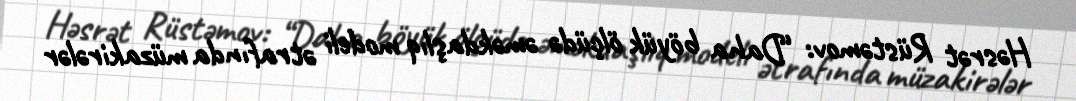
Həsrət Rüstəmov: “Daha böyük ölçüdə əməkdaşlıq modeli ətrafında müzakirələr